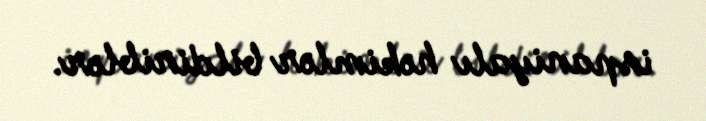
ispaniyalı həkimlər bildiriblər.